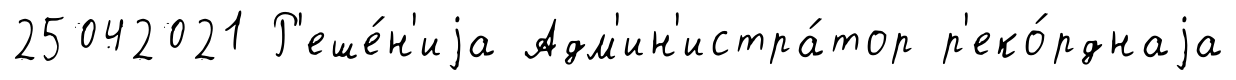
25042021 Р'еше́н'иjа Адм'ин'истра́тор р'еко́рднаjа